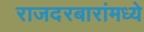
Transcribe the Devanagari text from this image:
राजदरबारांमध्ये